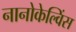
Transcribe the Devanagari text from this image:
नानोकेल्विंस